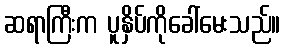
ဆရာကြီးက ပူနှိပ်ကိုခေါ်မေးသည်။